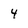
Character: 4